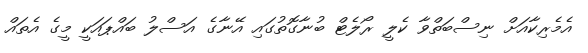
އެމެރިކާއަށް ނިސްބަތްވާ ކެލީ ރޯލެޓް ބުނާގޮތުގައި އޭނާގެ އަސްލު ބައްޕައަކީ މީގެ އެތައް